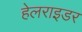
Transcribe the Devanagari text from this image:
हेलराइडर